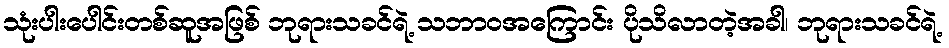
သုံးပါးပေါင်းတစ်ဆူအဖြစ် ဘုရားသခင်ရဲ့ သဘာဝအကြောင်း ပိုသိလာတဲ့အခါ၊ ဘုရားသခင်ရဲ့